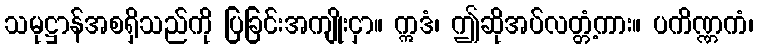
သမုဋ္ဌာန်အစရှိသည်ကို ပြခြင်းအကျိုးငှာ။ ဣဒံ၊ ဤဆိုအပ်လတ္တံ့ကား။ ပကိဏ္ဏကံ၊